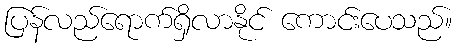
ပြန်လည်ရောက်ရှိလာနိုင် ကောင်းပေသည်။